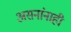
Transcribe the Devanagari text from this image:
असनांनाही